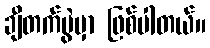
ချီတက်ပွဲမှာ ဖြစ်ပါတယ်။